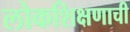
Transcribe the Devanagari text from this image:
लोकशिक्षणाची